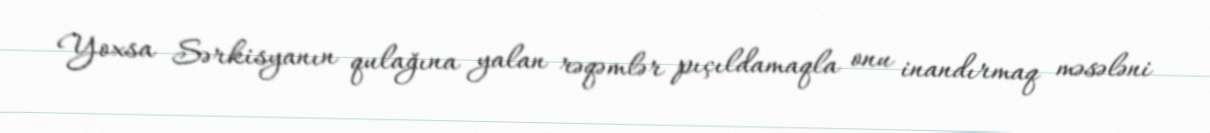
Yoxsa Sərkisyanın qulağına yalan rəqəmlər pıçıldamaqla onu inandırmaq məsələni